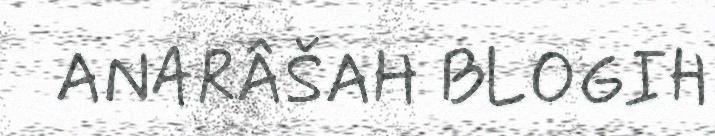
ANARÂŠAH BLOGIH